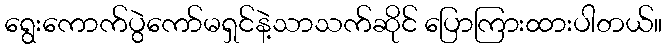
ရွေးကောက်ပွဲကော်မရှင်နဲ့သာသက်ဆိုင် ပြောကြားထားပါတယ်။